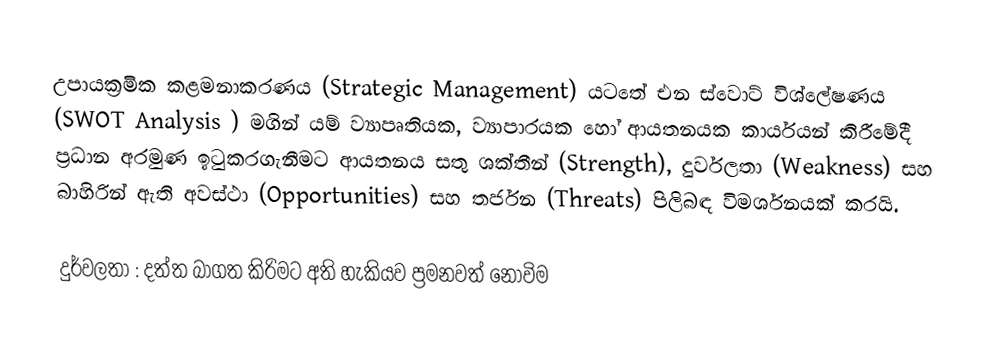
උපායක්‍රමික කළමනාකරණය (Strategic Management)  යටතේ එන ස්වොට් විශ්ලේෂණය (SWOT Analysis ) මගින් යම් ව්‍යාපෘතියක, ව්‍යාපාරයක හෝ ආයතනයක කාර්යයන් කිරීමේදී ප්‍රධාන අරමුණ ඉටුකරගැනීමට ආයතනය සතු ශක්තීන් (Strength), දුර්වලතා (Weakness) සහ බාහිරින් ඇති අවස්ථා (Opportunities) සහ තර්ජන (Threats) පිලිබඳ විමර්ශනයක් කරයි.

දුර්වලතා : දත්ත බාගත කිරිමට අති හැකියව ප්‍රමනවත් නොවිම